Indian journal of veterinary science and animal husbandry - Volume 9,
Year: 1939
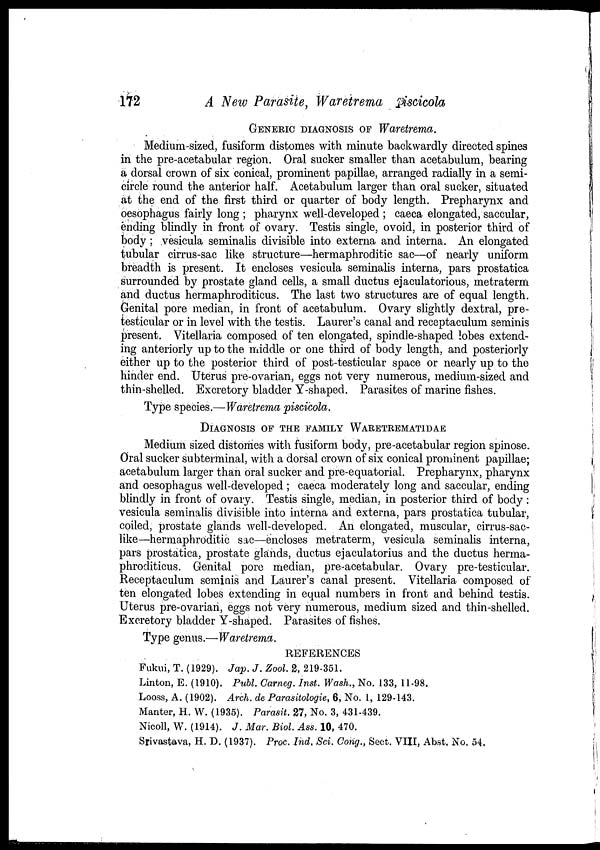
172
A New Parasite, Waretrema piscicola
GENERIC DIAGNOSIS OF Waretrema.
Medium-sized, fusiform distomes with minute backwardly directed spines
in the pre-acetabular region. Oral sucker smaller than acetabulum, bearing
a dorsal crown of six conical, prominent papillae, arranged radially in a semi-
circle round the anterior half. Acetabulum larger than oral sucker, situated
at the end of the first third or quarter of body length. Prepharynx and
oesophagus fairly long ; pharynx well-developed ; caeca elongated, saccular,
ending blindly in front of ovary. Testis single, ovoid, in posterior third of
body ; vesicula seminalis divisible into externa and interna. An elongated
tubular cirrus-sac like structure—hermaphroditic sac—of nearly uniform
breadth is present. It encloses vesicula seminalis interna, pars prostatica
surrounded by prostate gland cells, a small ductus ejaculatorious, metraterm
and ductus hermaphroditicus. The last two structures are of equal length.
Genital pore median, in front of acetabulum. Ovary slightly dextral, pre-
testicular or in level with the testis. Laurer's canal and receptaculum seminis
present. Vitellaria composed of ten elongated, spindle-shaped lobes extend-
ing anteriorly up to the middle or one third of body length, and posteriorly
either up to the posterior third of post-testicular space or nearly up to the
hinder end. Uterus pre-ovarian, eggs not very numerous, medium-sized and
thin-shelled. Excretory bladder Y-shaped. Parasites of marine fishes.
Type species.—Waretrema piscicola.
DIAGNOSIS OF THE FAMILY WARETREMATIDAE
Medium sized distomes with fusiform body, pre-acetabular region spinose.
Oral sucker subterminal, with a dorsal crown of six conical prominent papillae;
acetabulum larger than oral sucker and pre-equatorial. Prepharynx, pharynx
and oesophagus well-developed ; caeca moderately long and saccular, ending
blindly in front of ovary. Testis single, median, in posterior third of body:
vesicula seminalis divisible into interna and externa, pars prostatica tubular,
coiled, prostate glands well-developed. An elongated, muscular, cirrus-sac-
like—hermaphroditic sac—encloses metraterm, vesicula seminalis interna,
pars prostatica, prostate glands, ductus ejaculatorius and the ductus herma-
phroditicus. Genital pore median, pre-acetabular. Ovary pre-testicular.
Receptaculum seminis and Laurer's canal present. Vitellaria composed of
ten elongated lobes extending in equal numbers in front and behind testis.
Uterus pre-ovarian, eggs not very numerous, medium sized and thin-shelled.
Excretory bladder Y-shaped. Parasites of fishes.
Type genus.— Waretrema.
REFERENCES
Fukui, T. (1929). Jap. J. Zool. 2, 219-351.
Linton, E. (1910). Publ. Carneg. Inst. Wash., No. 133, 11-98.
Looss, A. (1902). Arch. de Parasitologie, 6, No. 1, 129-143.
Manter, H. W. (1935). Parasit. 27, No. 3, 431-439.
Nicoll, W. (1914). J. Mar. Biol. Ass. 10, 470.
Srivastava, H. D. (1937). Proc. Ind, Sci. Cong., Sect. VIII, Abst. No. 54.